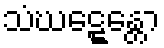
သံဃဋ္ဋေန္တော